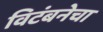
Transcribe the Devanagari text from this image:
विटंबनेचा